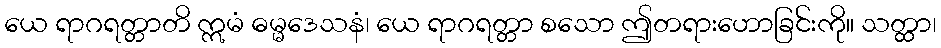
ယေ ရာဂရတ္တာတိ ဣမံ ဓမ္မဒေသနံ၊ ယေ ရာဂရတ္တာ စသော ဤတရားဟောခြင်းကို။ သတ္ထာ၊